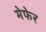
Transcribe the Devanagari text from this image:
मेफेर